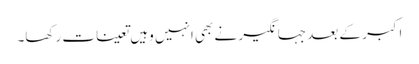
اکبر کے بعد جہانگیر نے بھی انہیں وہیں تعینات رکھا۔